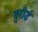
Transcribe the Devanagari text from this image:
बुरीई